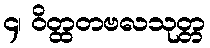
၄၊ ဝိတ္ထတဗလသုတ္တ